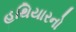
હથિયારનો